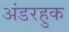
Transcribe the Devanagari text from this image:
अंडरहुक